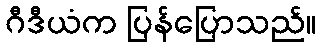
ဂီဒီယံက ပြန်ပြောသည်။